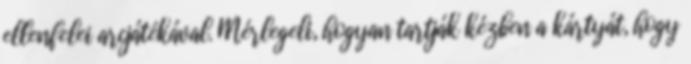
ellenfelei arcjátékával. Mérlegeli, hogyan tartják kézben a kártyát, hogy